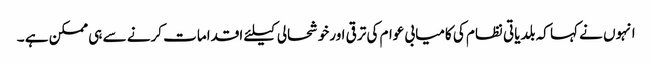
انہوں نے کہا کہ بلدیاتی نظام کی کامیابی عوام کی ترقی اورخوشحالی کیلئے اقدامات کرنے سے ہی ممکن ہے ۔